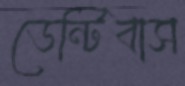
ডেন্টিবাস